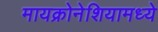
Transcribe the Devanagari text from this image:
मायक्रोनेशियामध्ये